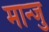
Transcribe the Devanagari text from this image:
मान्जु